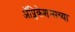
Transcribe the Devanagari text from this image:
ॲप्लिकेशन्सच्या